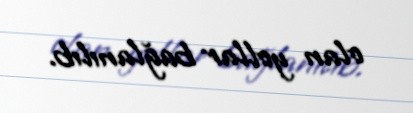
olan yollar bağlanılıb.